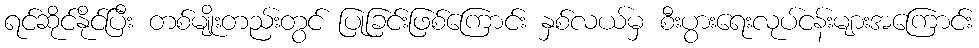
ရင်ဆိုင်နိုင်ပြီး တစ်မျိုးတည်းတွင် ပြုခြင်းဖြစ်ကြောင်း နှစ်လယ်မှ စီးပွားရေးလုပ်ငန်းများအကြောင်း